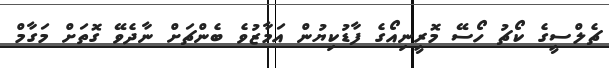
ޗެލްސީގެ ކޯޗު ހޯސޭ މޮރީނިއޯގެ ފާޑުކިޔުން އަމާޒުވެ ބެންޗަށް ނާދެވޭ ގޮތަށް މަގާމް